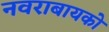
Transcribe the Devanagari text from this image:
नवराबायको